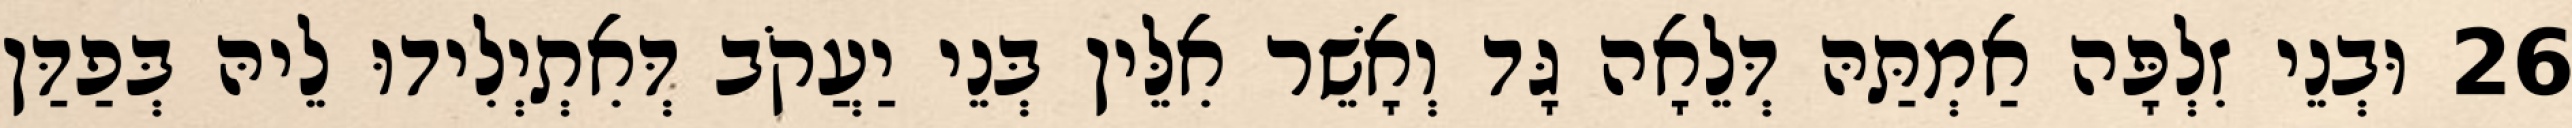
26 וּבְנֵי זִלְפָּה אַמְתַּהּ דְּלֵאָה גָּד וְאָשֵׁר אִלֵּין בְּנֵי יַעֲקֹב דְּאִתְיְלִידוּ לֵיהּ בְּפַדַּן